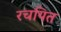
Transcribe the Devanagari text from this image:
रचयित